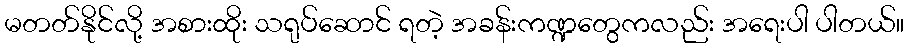
မတတ်နိုင်လို့ အစားထိုး သရုပ်ဆောင် ရတဲ့ အခန်းကဏ္ဍတွေကလည်း အရေးပါ ပါတယ်။